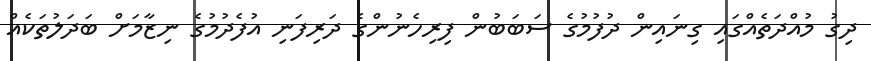
ދިގު މުއްދަތެއްގައި ގިނައިން ދުފުމުގެ ސަބަބުން ފިރިހެނުންގެ ދަރިފަނި އުފެދުމުގެ ނިޒާމަށް ބަދަލުތަކެއް